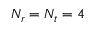
N _ { r } = N _ { t } = 4